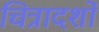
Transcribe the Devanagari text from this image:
चित्रादर्शों